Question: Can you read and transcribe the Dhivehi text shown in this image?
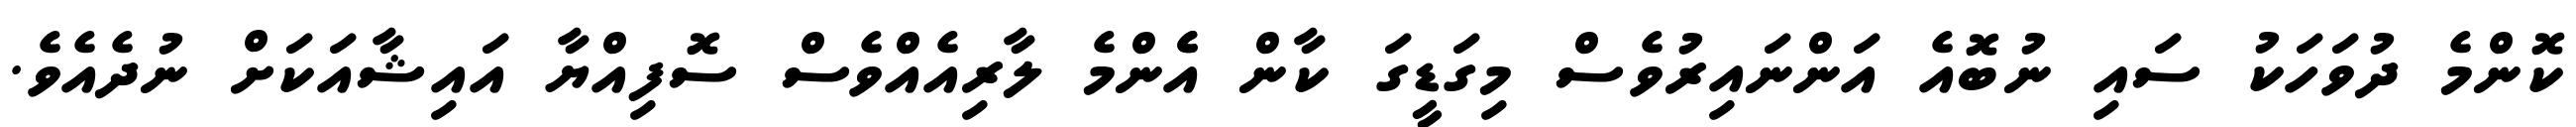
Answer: ކޮންމެ ދުވަހަކު ސައި ނުބޮއެ އަންނައިރުވެސް މިގަޑީގަ ކާން އެެންމެ ލާރިއެއްވެސް ސޮފިއްޔާ އައިޝާއަކަށް ނުދެއެވެ.